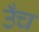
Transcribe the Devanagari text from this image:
उँच